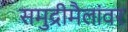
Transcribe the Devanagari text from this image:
समुद्रीमैलांवर